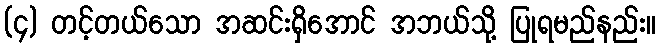
(၄) တင့်တယ်သော အဆင်းရှိအောင် အဘယ်သို့ ပြုရမည်နည်း။